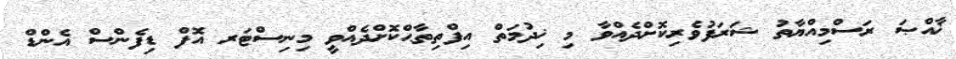
ޚާއްޞަ ރަސްމިއްޔާތު ޝަރަފުވެރިކޮށްދެއްވާ މި ޚިދުމަތް އިފްތިތާޙްކޮށްދެއްވީ މިނިސްޓަރ އޮފް ޑިފެންސް އެންޑް